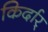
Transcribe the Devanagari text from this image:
किर्दार्